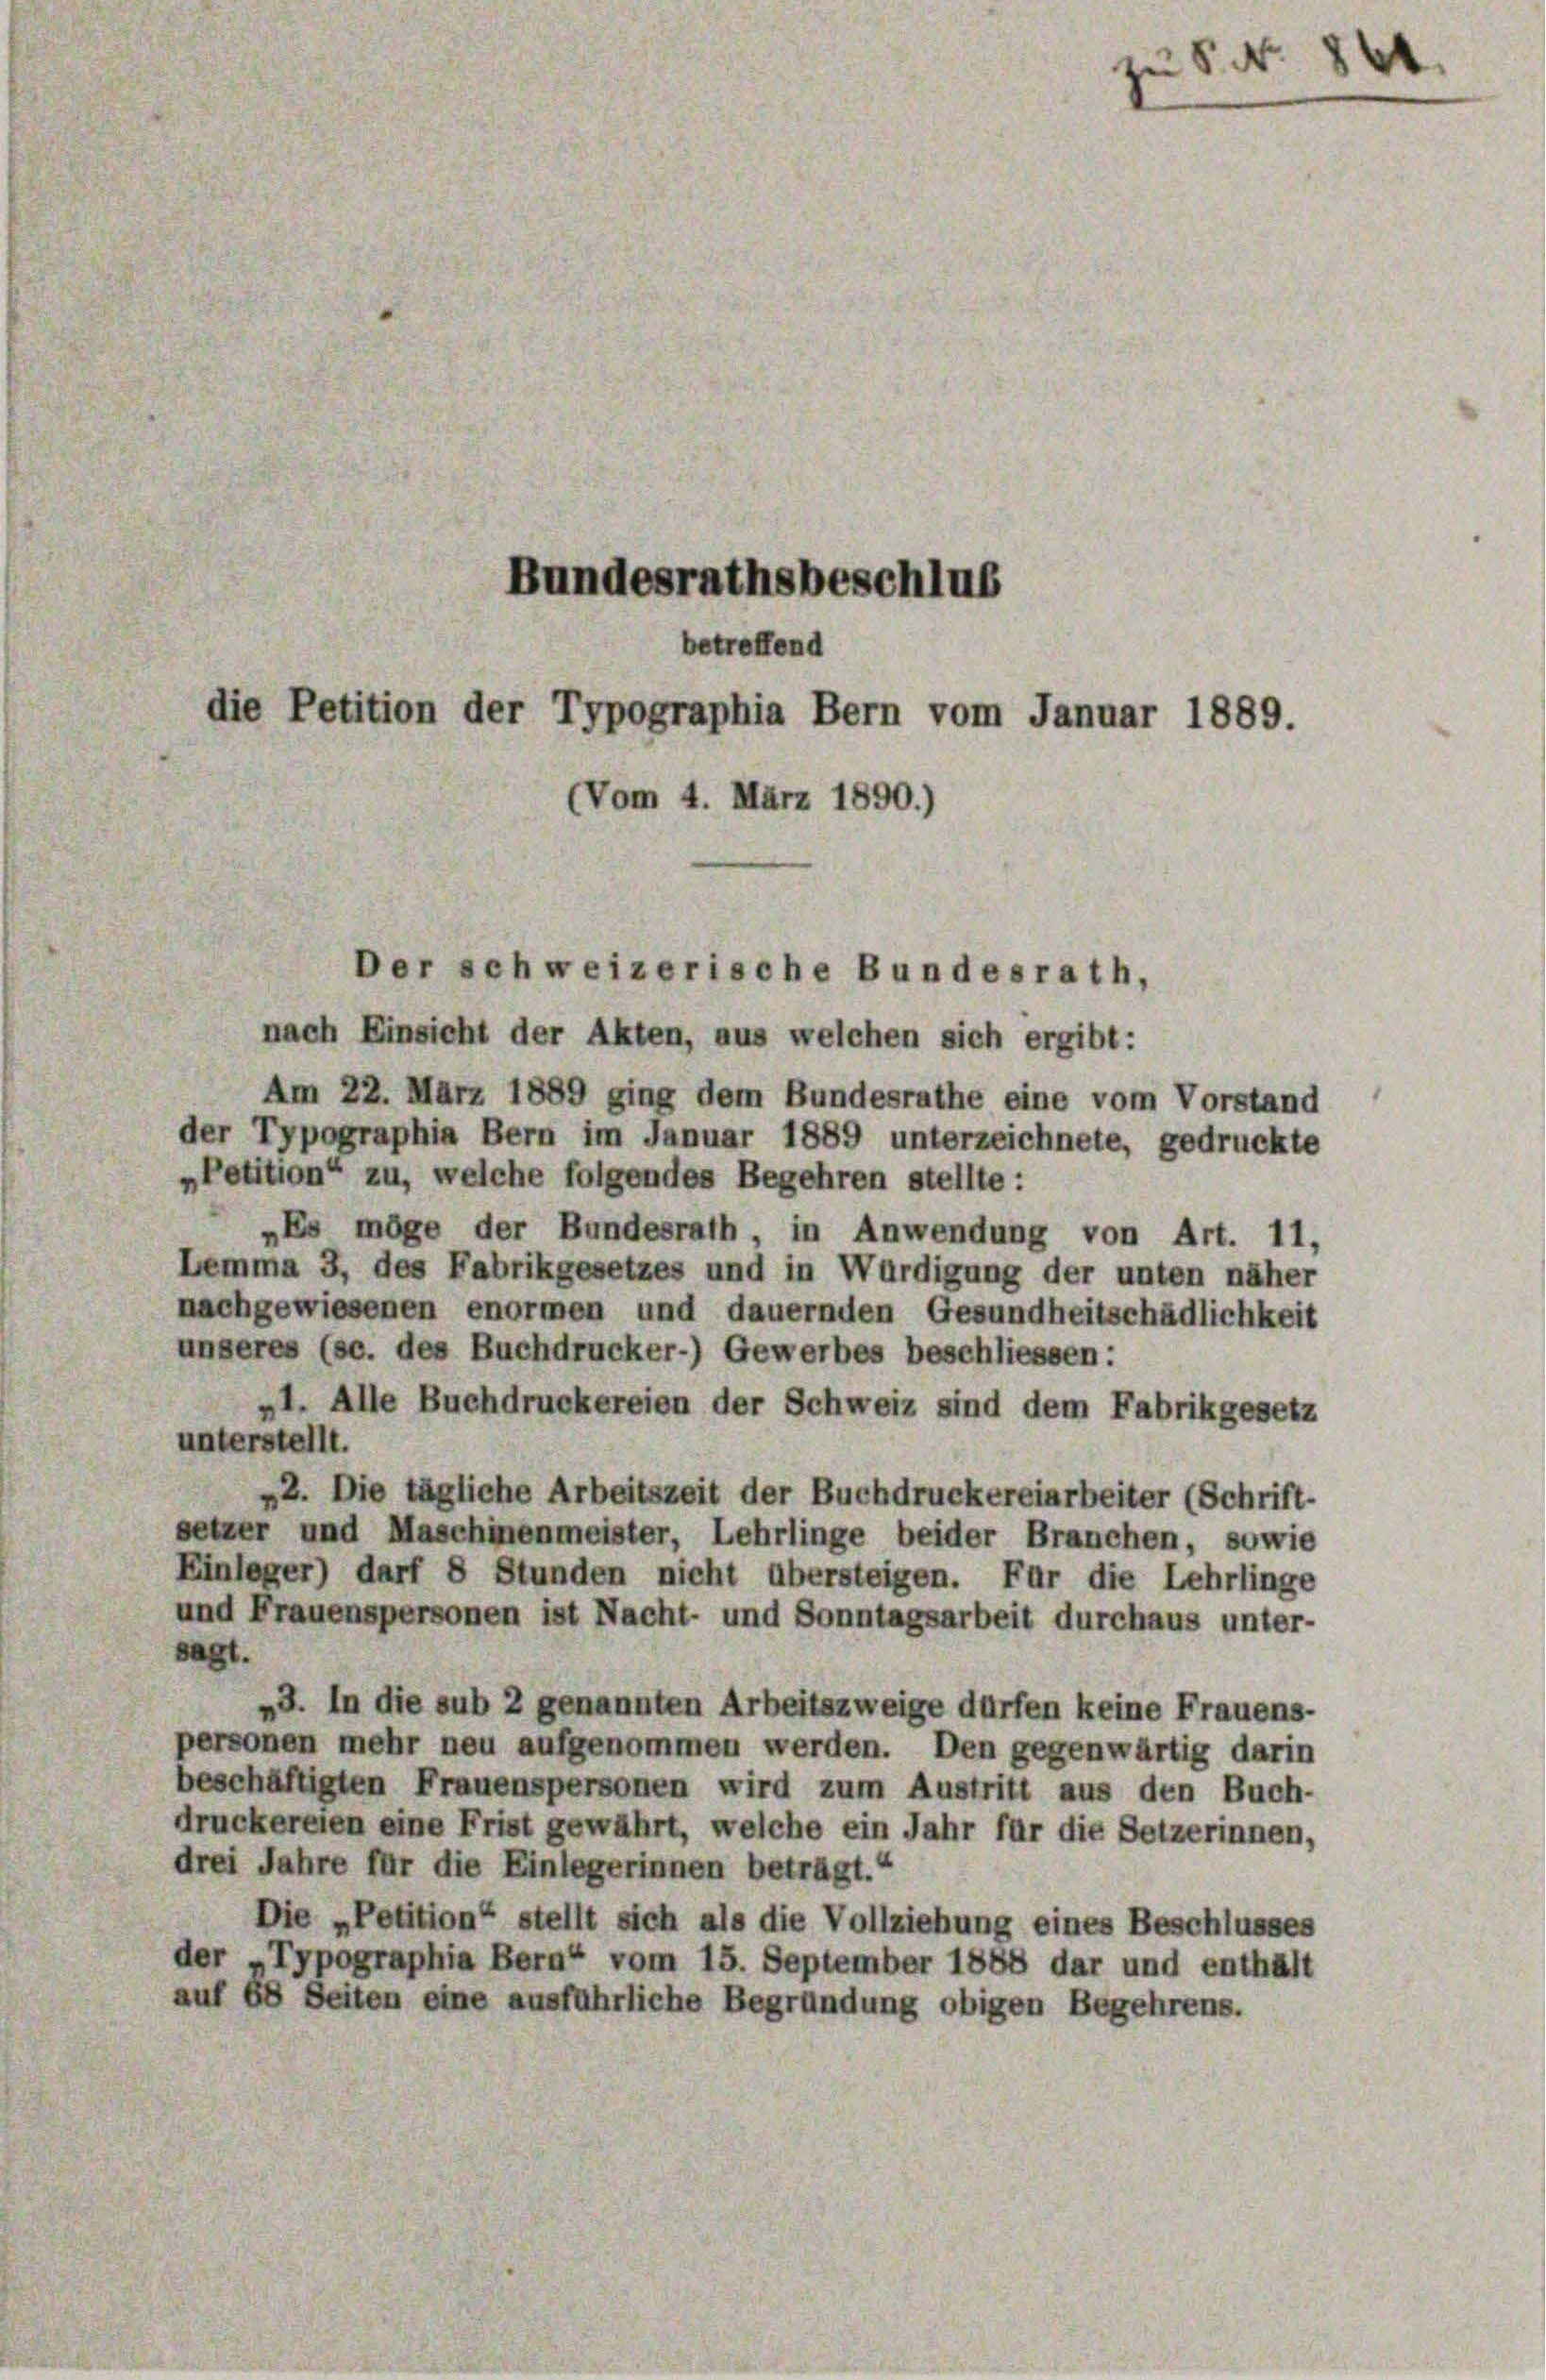
Bundesrathsbeschlus
betreffend
die Petition der Typographia Bern vom Januar 1889.
(Vom 4. März 1890.)

Der schweizerische Bundesrath,

nach Einsicht der Akten, aus welchen sich ergibt:
Am 22. März 1889 ging dem Bundesrathe eine vom Vorstand
der Typographia Bern im Januar 1889 unterzeichnete, gedruckte
„Petition“ zu, welche folgendes Begehren stellte:
Es möge der Bundesrath, in Anwendung von Art. 11,
Lemma 3, des Fabrikgesetzes und in Würdigung der unten näher
nachgewiesenen enormen und dauernden Gesundheitschädlichkeit
unseres (sc. des Buchdrucker-) Gewerbes beschliessen:
„1. Alle Buchdruckereien der Schweiz sind dem Fabrikgesetz
unterstellt.
42. Die tägliche Arbeitszeit der Buchdruckereiarbeiter (Schrift-
setzer und Maschinenmeister, Lehrlinge beider Branchen, sowie
Einleger) darf 8 Stunden nicht übersteigen. Für die Lehrlinge
und Frauenspersonen ist Nacht- und Sonntagsarbeit durchaus unter-
sagt.
3. In die sub 2 genannten Arbeitszweige dürfen keine Frauens-
personen mehr neu aufgenommen werden. Den gegenwärtig darin
beschäftigten Frauenspersonen wird zum Austritt aus den Buch-
druckereien eine Frist gewährt, welche ein Jahr für die Setzerinnen,
drei Jahre für die Einlegerinnen beträgt.“
Die „Petition“ stellt sich als die Vollziehung eines Beschlusses
der „Typographia Bern“ vom 15. September 1888 dar und enthält
auf 68 Seiten eine ausführliche Begründung obigen Begehrens.

zu S. Nr. 861